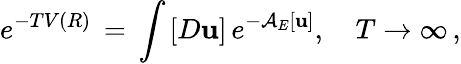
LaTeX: e^{-TV(R)}\, =\, \int_{}^{}[D{\mathbf u}]\, e^{-{\cal A}_{E}[{\mathbf u}]},\quad T\to\infty\, {,}